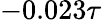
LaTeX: -0.023\tau